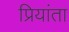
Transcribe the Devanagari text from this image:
प्रियांता